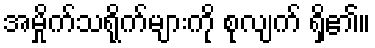
အမှိုက်သရိုက်များကို စုလျက် ရှိ၏။